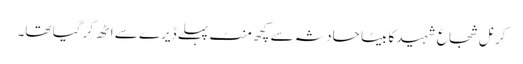
کرنل شجاع شہید کا بیٹا حادثہ سے کچھ منٹ پہلے ڈیرے سے اٹھ کر گیا تھا۔